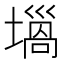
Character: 𡐫